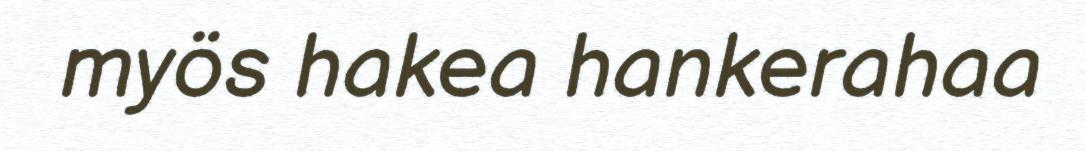
myös hakea hankerahaa